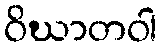
ဝိဃာတဝါ